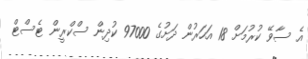
އެ ސާވޭ ކުރުމަށް 18 އަހަރުން ދަށުގެ 97000 ކުދިން ސްކްރީން ޓެސްޓް